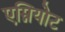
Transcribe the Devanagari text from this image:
एम्नियोट